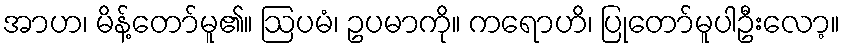
အာဟ၊ မိန့်တော်မူ၏။ ဩပမံ၊ ဥပမာကို။ ကရောဟိ၊ ပြုတော်မူပါဦးလော့။